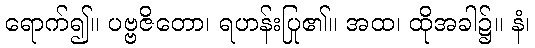
ရောက်၍။ ပဗ္ဗဇိတော၊ ရဟန်းပြု၏။ အထ၊ ထိုအခါ၌။ နံ၊